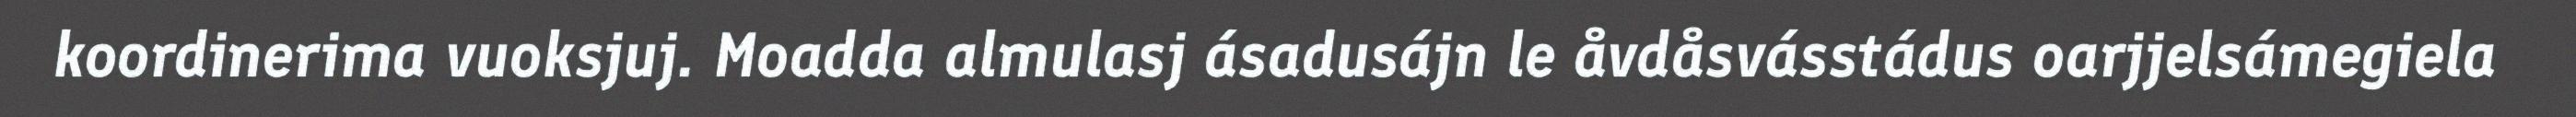
koordinerima vuoksjuj. Moadda almulasj ásadusájn le åvdåsvásstádus oarjjelsámegiela